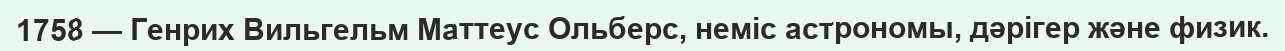
1758 — Генрих Вильгельм Маттеус Ольберс, неміс астрономы, дәрігер және физик.